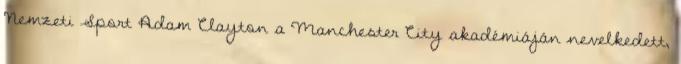
Nemzeti Sport Adam Clayton a Manchester City akadémiáján nevelkedett,